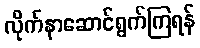
လိုက်နာဆောင်ရွက်ကြရန်